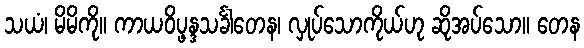
သယံ၊ မိမိကို။ ကာယဝိပ္ဖန္ဒသင်္ခါတေန၊ လှုပ်သောကိုယ်ဟု ဆိုအပ်သော။ တေန